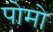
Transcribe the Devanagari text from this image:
पोमो